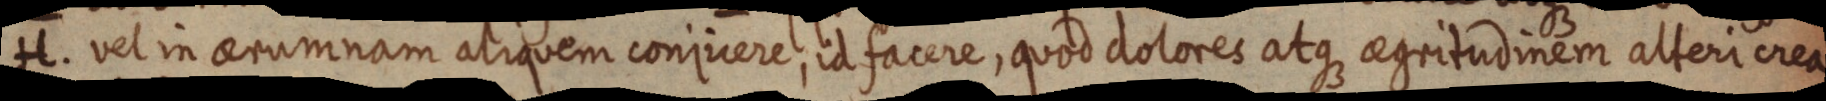
H. vel in aerumnam aliquem conjicere, id facere, quod dolores atque aegritudinem alteri crea